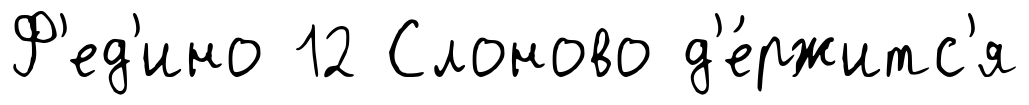
Ф'ед'ино 12 Слоново д'е́ржитс'я